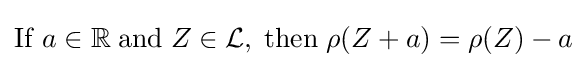
\mathrm {If} \;a\in \mathbb {R} \;\mathrm {and} \;Z\in {\mathcal {L}},\;\mathrm {then} \;\rho (Z+a)=\rho (Z)-a